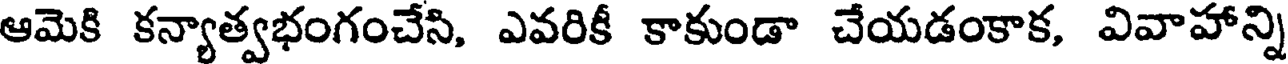
ఆమెకి కన్యాత్వభంగంచేసి, ఎవరికీ కాకుండా చేయడంకాక, వివాహాన్ని